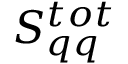
S _ { q q } ^ { t o t }